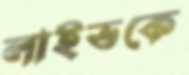
লাইভকে